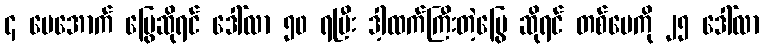
၄ ပေအောက် မြွေဆိုရင် ဒေါ်လာ ၅၀ ရပြီး ဒါ့ထက်ကြီးတဲ့မြွေ ဆိုရင် တစ်ပေကို ၂၅ ဒေါ်လာ